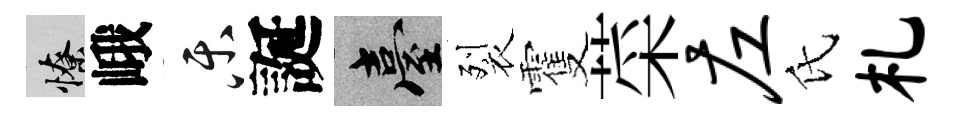
憭峨乐誕臺裂䨥菜左氏札